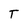
Character: T